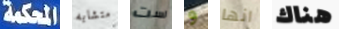
المحكمة متشابه لست و انها هناك